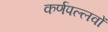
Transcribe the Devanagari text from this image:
कर्णपल्लवों